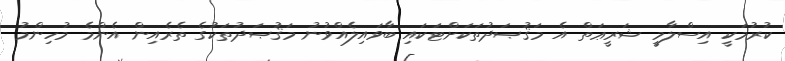
ކުރުމަކީ އިސްލާމީ ޝަރީޢަތް އެ މަޤުޞަދުތަކަށްޓަކައި ބާވައިލެއްވުނު މަޤުޞަދުތަކުގެ ތެރެއިން އެންމެ މުހިންމު